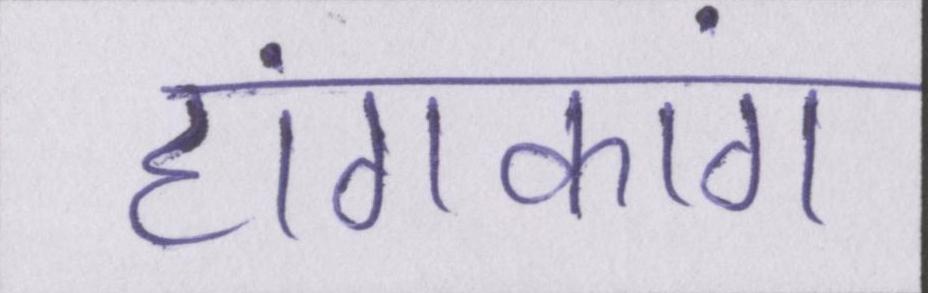
हांगकांग